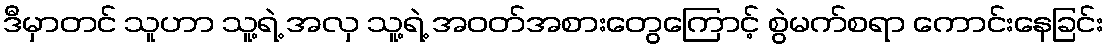
ဒီမှာတင် သူဟာ သူ့ရဲ့ အလှ သူ့ရဲ့ အဝတ်အစားတွေကြောင့် စွဲမက်စရာ ကောင်းနေခြင်း